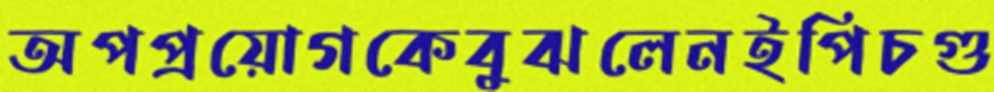
অপপ্রয়োগকেবুঝলেনইপিচগু